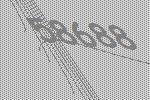
58688